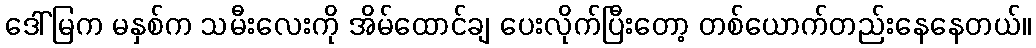
ဒေါ်မြက မနှစ်က သမီးလေးကို အိမ်ထောင်ချ ပေးလိုက်ပြီးတော့ တစ်ယောက်တည်းနေနေတယ်။